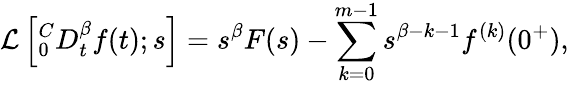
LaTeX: \mathcal{L}\left[^C_{0}D_{t}^{\beta}f(t);s\right]=s^{\beta}F(s)-\sum_{k=0}^{m-1}s^{\beta-k-1}f^{(k)}(0^{+}),